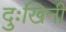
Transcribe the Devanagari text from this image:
दुःखिनी